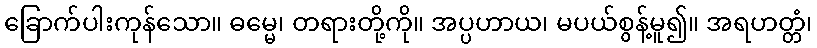
ခြောက်ပါးကုန်သော။ ဓမ္မေ၊ တရားတို့ကို။ အပ္ပဟာယ၊ မပယ်စွန့်မူ၍။ အရဟတ္တံ၊